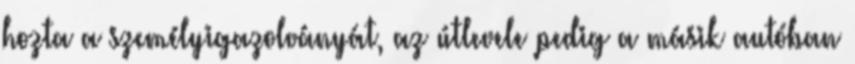
hozta a személyigazolványát, az útlevele pedig a másik autóban